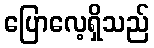
ပြောလေ့ရှိသည်